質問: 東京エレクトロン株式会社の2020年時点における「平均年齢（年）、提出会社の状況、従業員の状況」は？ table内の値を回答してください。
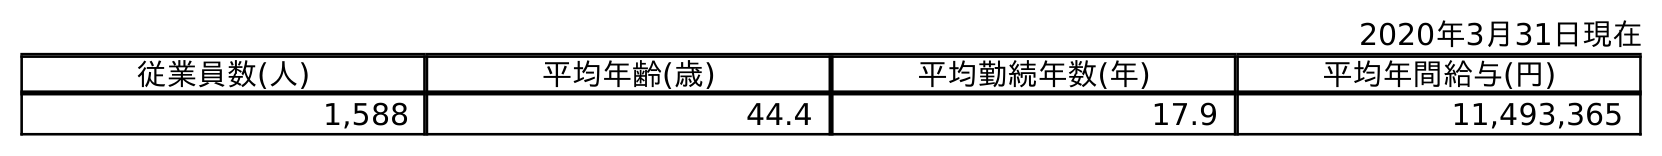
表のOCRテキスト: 2020年3月31日現在 従業員数(人) 平均年齢(歳) 平均勤続年数(年) 平均年間給与(円) 1,588 44.4 17.9 11,493,365
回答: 44.4